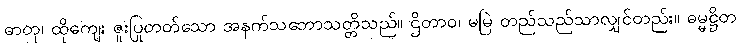
ဓာတု၊ ထိုကျေး ဇူးပြုတတ်သော အနက်သဘောသတ္တိသည်။ ဌိတာဝ၊ မမြဲ တည်သည်သာလျှင်တည်း။ ဓမ္မဋ္ဌိတ